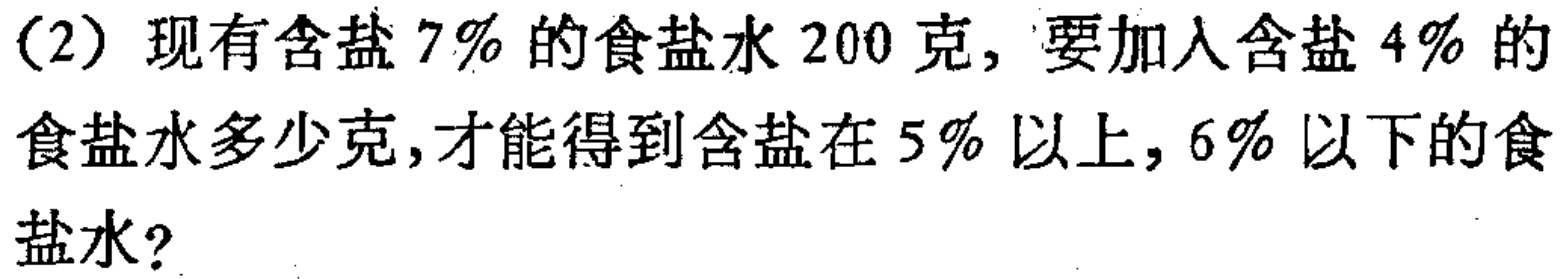
（2）现有含盐$7\%$的食盐水$200$克，要加入含盐$4\%$的食盐水多少克，才能得到含盐在$5\%$以上，$6\%$以下的食盐水？